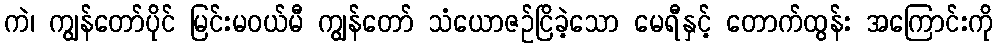
ကဲ၊ ကျွန်တော်ပိုင် မြင်းမဝယ်မီ ကျွန်တော် သံယောဇဉ်ငြိခဲ့သော မေရီနှင့် တောက်ထွန်း အကြောင်းကို